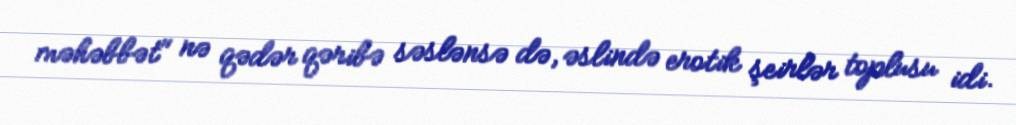
məhəbbət" nə qədər qəribə səslənsə də, əslində erotik şeirlər toplusu idi.